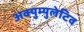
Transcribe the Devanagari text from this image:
अक्युम्युलेटिव